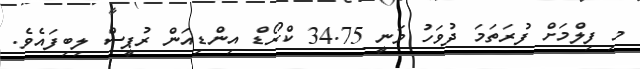
މި ފިލްމަށް ފުރަތަމަ ދުވަހު ވަނީ 34.75 ކްރޯޑް އިންޑިއަން ރުޕީސް ލިބިފައެވެ.